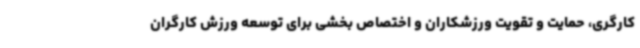
کارگری، حمایت و تقویت ورزشکاران و اختصاص بخشی برای توسعه ورزش کارگران